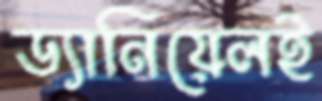
ড্যানিয়েলই